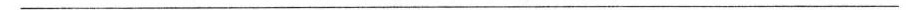
___